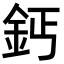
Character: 鈣